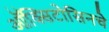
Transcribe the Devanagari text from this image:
ऑक्सिटोसिनचे